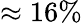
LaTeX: \approx 16\%